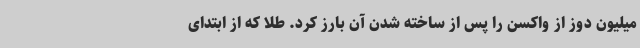
میلیون دوز از واکسن را پس از ساخته شدن آن بارز کرد. طلا که از ابتدای